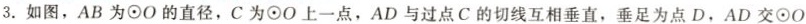
3.如图，AB为\textcircled {·}O的直径，C为\textcircled {·}O上一点，AD与过点C的切线互相垂直，垂足为点D，AD交⊙O